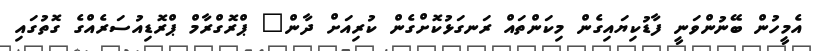
އެމީހުން ބޭނުންވަނީ ފާޑުކިޔައިގެން މިކަންތައް ރަނގަޅުކޮށްގެން ކުރިއަށް ދާން" ޕްރޮގްރާމް ޕްރޮޑިއުސަރެއްގެ ގޮތުގައި